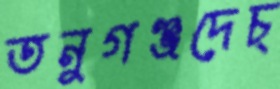
তনুগঞ্জদেচ্